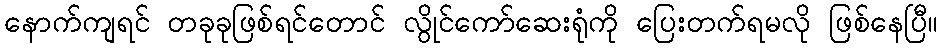
နောက်ကျရင် တခုခုဖြစ်ရင်တောင် လွိုင်ကော်ဆေးရုံကို ပြေးတက်ရမလို ဖြစ်နေပြီ။